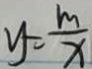
y = \frac { m } { x }